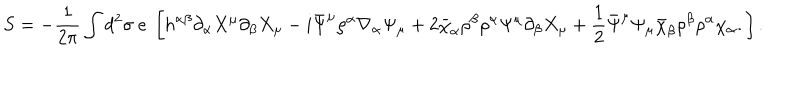
S = - \frac { 1 } { 2 \pi } \int d ^ { 2 } \sigma ~ e ~ \left[ h ^ { \alpha \beta } \partial _ { \alpha } X ^ { \mu } \partial _ { \beta } X _ { \mu } - i \bar { \Psi } ^ { \mu } \rho ^ { \alpha } \nabla _ { \alpha } \Psi _ { \mu } + 2 \bar { \chi } _ { \alpha } \rho ^ { \beta } \rho ^ { \alpha } \Psi ^ { \mu } \partial _ { \beta } X _ { \mu } + \frac { 1 } { 2 } \bar { \Psi } ^ { \mu } \Psi _ { \mu } \bar { \chi } _ { \beta } \rho ^ { \beta } \rho ^ { \alpha } \chi _ { \alpha } . \right] .